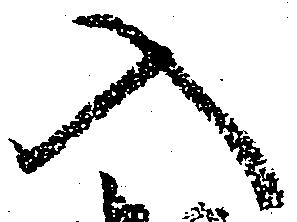
入